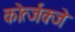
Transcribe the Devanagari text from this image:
कोर्त्जक्जे